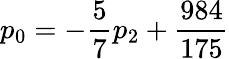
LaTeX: p_{0}=-\frac{5}{7}p_{2}+\frac{984}{175}